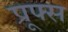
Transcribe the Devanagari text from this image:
प्रूफ्स